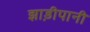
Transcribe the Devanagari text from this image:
झाड़ीपानी